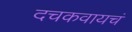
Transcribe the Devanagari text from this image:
दचकवायचं